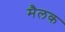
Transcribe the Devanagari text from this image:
मैलक